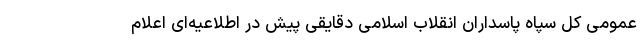
عمومی کل سپاه پاسداران انقلاب اسلامی دقایقی پیش در اطلاعیه‌ای اعلام